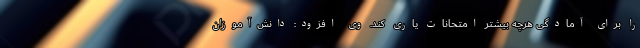
را برای آمادگی هرچه بیشتر امتحانات یاری کند. وی افزود: دانش‌آموزان